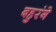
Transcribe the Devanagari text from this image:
बहुरंगे